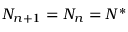
N _ { n + 1 } = N _ { n } = N ^ { * }